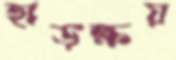
হাড়ক্ষয়